Problem: 7 × 7 = ?
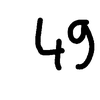
Handwritten answer: 49